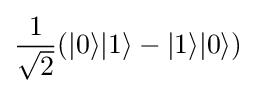
{\frac {1}{\sqrt {2}}}(|0\rangle |1\rangle -|1\rangle |0\rangle )